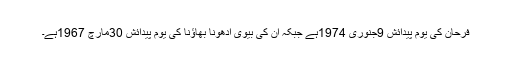
فرحان کی یوم پیدائش 9جنوری 1974ہے جبکہ ان کی بیوی ادھونا بھاؤنا کی یوم پیدائش 30مارچ 1967ہے۔